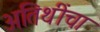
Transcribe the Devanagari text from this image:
अतिथींचा